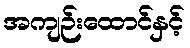
အကျဉ်းထောင်နှင့်